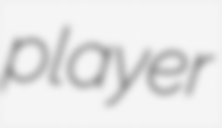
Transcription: player